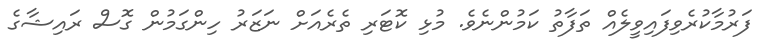
ފަރުމާކުރެވިފައިވީލެއް ތަފާތު ކަމުންނެވެ. މުޅި ކޮޓަރި ތެރެއަށް ނަޒަރު ހިންގަމުން ގޮސް ރައިޝާގެ